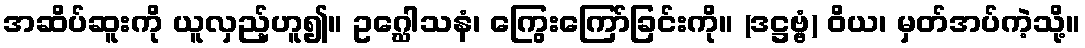
အဆိပ်ဆူးကို ယူလှည့်ဟူ၍။ ဥဂ္ဃေါသနံ၊ ကြွေးကြော်ခြင်းကို။ (ဒဋ္ဌဗ္ဗံ) ဝိယ၊ မှတ်အပ်ကဲ့သို့။